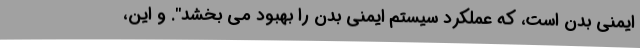
ایمنی بدن است، که عملکرد سیستم ایمنی بدن را بهبود می بخشد". و این،